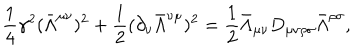
\frac { 1 } { 4 } \gamma ^ { 2 } ( \bar { \Lambda } ^ { \mu \nu } ) ^ { 2 } + \frac { 1 } { 2 } ( \partial _ { \nu } \bar { \Lambda } ^ { \nu \mu } ) ^ { 2 } = \frac { 1 } { 2 } \bar { \Lambda } _ { \mu \nu } D _ { \mu \nu \rho \sigma } \bar { \Lambda } ^ { \rho \sigma } ,